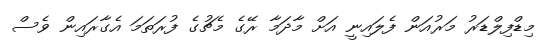
މިޑްފިލްޑަރު މަރުއަން ފެލައިނީ އަށް މާދަމާ ރޭގެ މެޗުގެ ފުރަތަމަ އެގާރައިން ވެސް